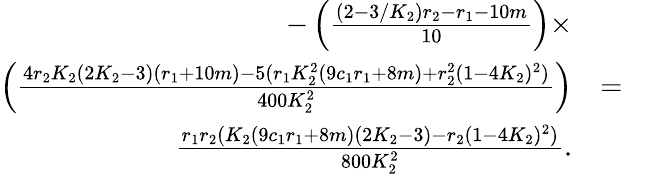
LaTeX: \begin{array}{rlr}{-\left(\frac{(2-3/K_{2})r_{2}-r_{1}-10m}{10}\right)\times}&{}&\\ {\left(\frac{4r_{2}K_{2}(2K_{2}-3)(r_{1}+10m)-5(r_{1}K_{2}^{2}(9c_{1}r_{1}+8m)+r_{2}^{2}(1-4K_{2})^{2})}{400K_{2}^{2}}\right)}&{=}&\\ {\frac{r_{1}r_{2}(K_{2}(9c_{1}r_{1}+8m)(2K_{2}-3)-r_{2}(1-4K_{2})^{2})}{800K_{2}^{2}}.}\end{array}